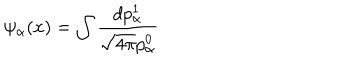
LaTeX: \psi _ { \alpha } ( x ) = \int \frac { d p _ { \alpha } ^ { 1 } } { \sqrt { 4 \pi } p _ { \alpha } ^ { 0 } }